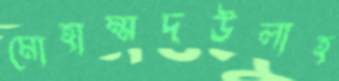
মোহাম্মদউলাহ